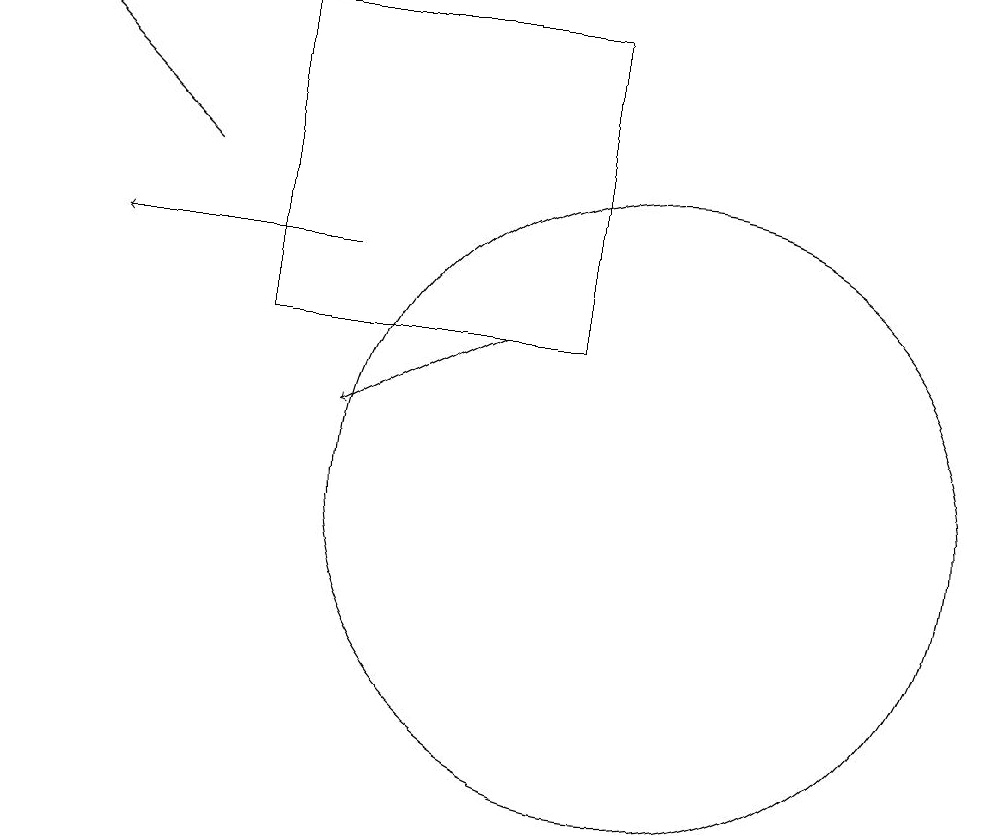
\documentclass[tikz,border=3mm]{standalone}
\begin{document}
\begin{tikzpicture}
\draw[->] (8,14) -- (6,13);
\draw[->] (6,15) -- (3,15);
\draw (10,12) circle (4);
\draw (5,14) rectangle (9,18);
\draw[->] (4,16) -- (2,18);
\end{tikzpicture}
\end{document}